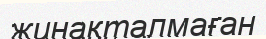
жинақталмаған